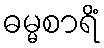
ဓမ္မစာရိံ